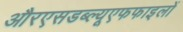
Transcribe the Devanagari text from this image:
औरएसडब्ल्यूएफफाइलों